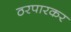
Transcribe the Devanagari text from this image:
ठरपारकर